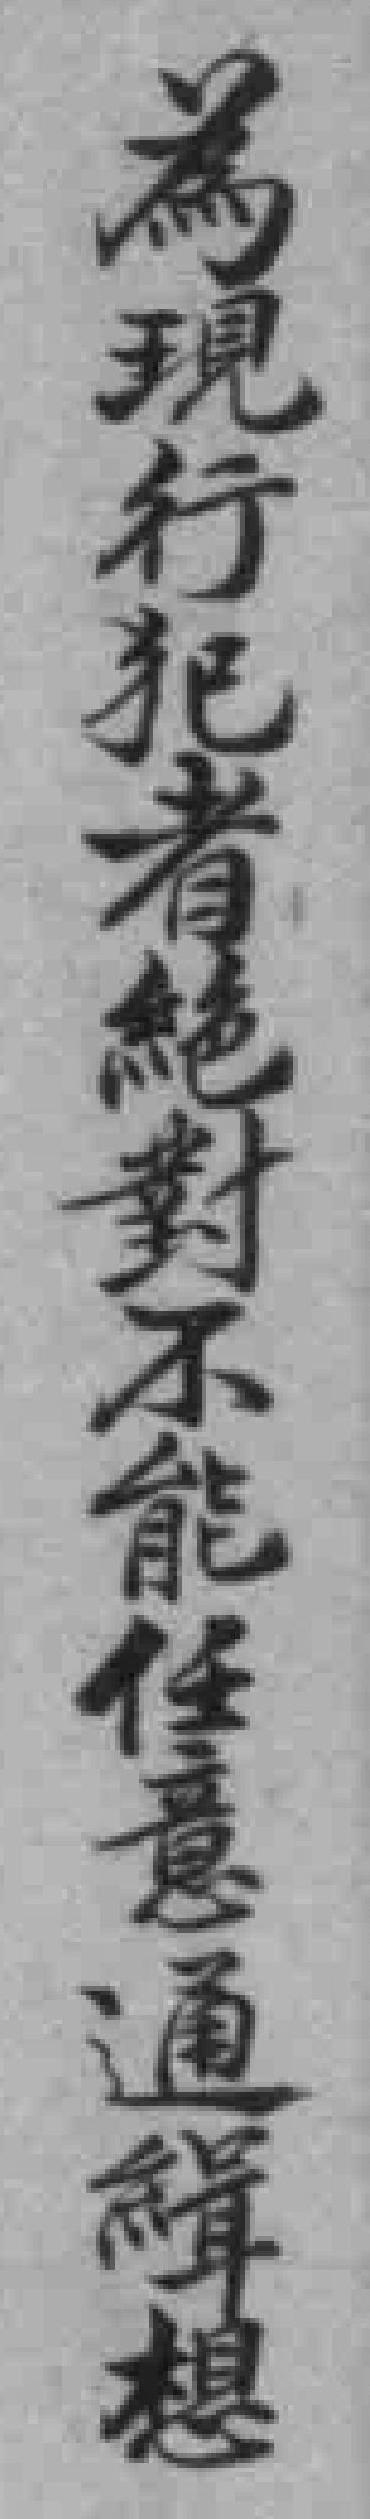
為現行犯者絕對不能任意通缉想